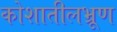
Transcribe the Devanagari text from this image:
कोशातीलभ्रूण